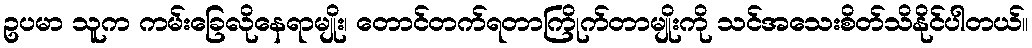
ဥပမာ သူက ကမ်းခြေလိုနေရာမျိုး၊ တောင်တက်ရတာကြိုက်တာမျိုးကို သင်အသေးစိတ်သိနိုင်ပါတယ်။